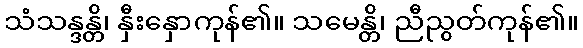
သံသန္ဒန္တိ၊ နှီးနှောကုန်၏။ သမေန္တိ၊ ညီညွတ်ကုန်၏။